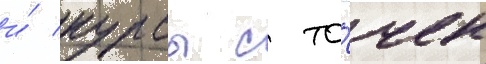
и́ курсы с то́чек